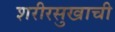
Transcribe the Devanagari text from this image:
शरीरसुखाची